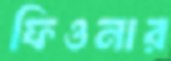
ফিওনার